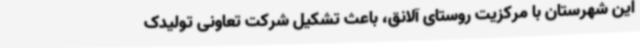
این شهرستان با مرکزیت روستای آلانق، باعث تشکیل شرکت تعاونی تولیدک